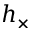
h _ { \times }